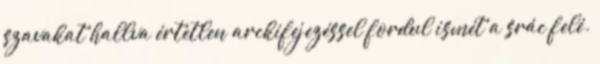
szavakat hallva értetlen arckifejezéssel fordul ismét a srác felé.